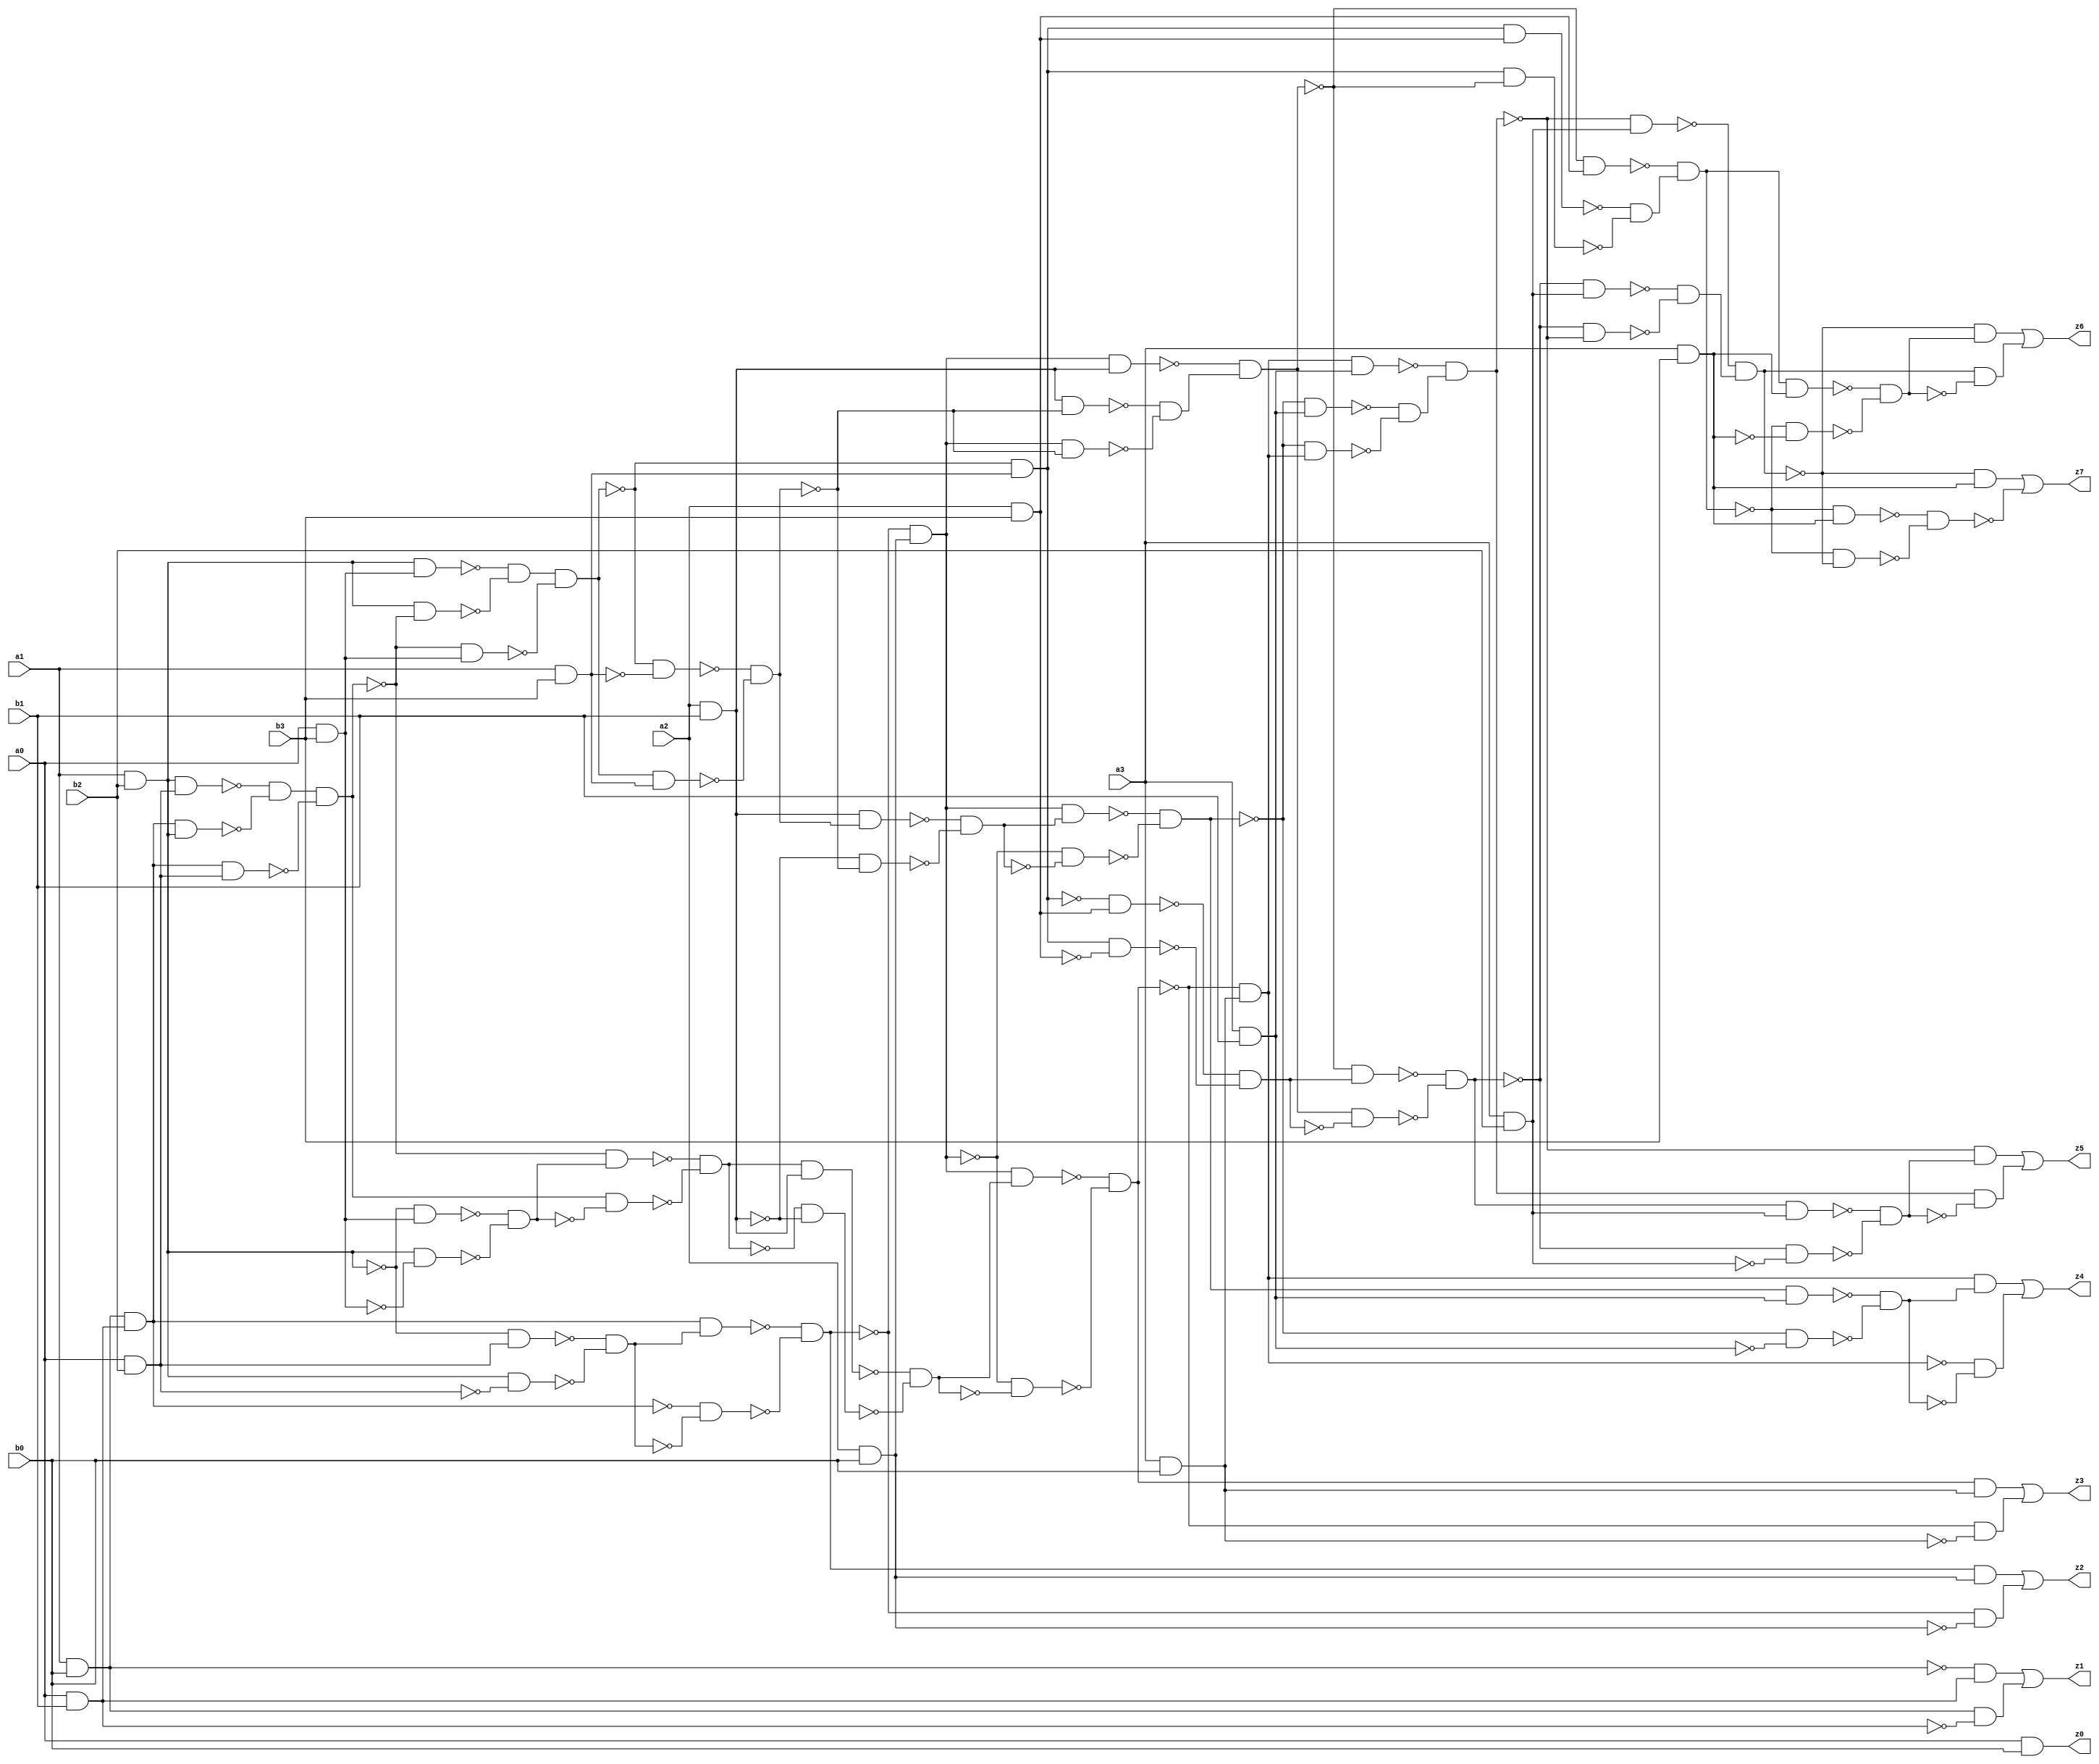
// Benchmark "mult4" written by ABC on Tue Jan 13 21:29:40 2015

module mult4 ( 
    a0, a1, a2, a3, b0, b1, b2, b3,
    z0, z1, z2, z3, z4, z5, z6, z7  );
  input  a0, a1, a2, a3, b0, b1, b2, b3;
  output z0, z1, z2, z3, z4, z5, z6, z7;
  wire n18, n19, n20, n21, n23, n24, n25, n26, n27, n28, n29, n30, n31, n32,
    n33, n34, n36, n37, n38, n39, n40, n41, n42, n43, n44, n45, n46, n47,
    n48, n49, n50, n51, n52, n53, n54, n55, n56, n57, n58, n60, n61, n62,
    n63, n64, n65, n66, n67, n68, n69, n70, n71, n72, n73, n74, n75, n76,
    n77, n78, n79, n80, n81, n83, n84, n85, n86, n87, n88, n89, n90, n91,
    n92, n93, n94, n95, n96, n97, n98, n99, n100, n101, n102, n103, n104,
    n105, n106, n108, n109, n110, n111, n112, n113, n114, n115, n116, n117,
    n118, n119, n120, n121, n122, n123, n125, n126, n127, n128;
  assign z0 = a0 & b0;
  assign n18 = a1 & b0;
  assign n19 = a0 & b1;
  assign n20 = ~n18 & n19;
  assign n21 = n18 & ~n19;
  assign z1 = n20 | n21;
  assign n23 = n18 & n19;
  assign n24 = a1 & b2;
  assign n25 = a0 & b2;
  assign n26 = ~n24 & n25;
  assign n27 = n24 & ~n25;
  assign n28 = ~n26 & ~n27;
  assign n29 = n23 & n28;
  assign n30 = ~n23 & ~n28;
  assign n31 = ~n29 & ~n30;
  assign n32 = a2 & b0;
  assign n33 = n31 & n32;
  assign n34 = ~n31 & ~n32;
  assign z2 = n33 | n34;
  assign n36 = n24 & n25;
  assign n37 = n23 & n24;
  assign n38 = ~n36 & ~n37;
  assign n39 = n23 & n25;
  assign n40 = n38 & ~n39;
  assign n41 = a0 & b3;
  assign n42 = ~n24 & n41;
  assign n43 = n24 & ~n41;
  assign n44 = ~n42 & ~n43;
  assign n45 = ~n40 & n44;
  assign n46 = n40 & ~n44;
  assign n47 = ~n45 & ~n46;
  assign n48 = ~n31 & n32;
  assign n49 = a2 & b1;
  assign n50 = n47 & n49;
  assign n51 = ~n47 & ~n49;
  assign n52 = ~n50 & ~n51;
  assign n53 = n48 & n52;
  assign n54 = ~n48 & ~n52;
  assign n55 = ~n53 & ~n54;
  assign n56 = a3 & b0;
  assign n57 = n55 & n56;
  assign n58 = ~n55 & ~n56;
  assign z3 = n57 | n58;
  assign n60 = n24 & n41;
  assign n61 = n24 & ~n40;
  assign n62 = ~n60 & ~n61;
  assign n63 = ~n40 & n41;
  assign n64 = n62 & ~n63;
  assign n65 = a1 & b3;
  assign n66 = ~n64 & ~n65;
  assign n67 = n64 & n65;
  assign n68 = ~n66 & ~n67;
  assign n69 = n49 & n68;
  assign n70 = ~n49 & ~n68;
  assign n71 = ~n69 & ~n70;
  assign n72 = n48 & n71;
  assign n73 = ~n48 & ~n71;
  assign n74 = ~n72 & ~n73;
  assign n75 = ~n55 & n56;
  assign n76 = a3 & b1;
  assign n77 = n74 & n76;
  assign n78 = ~n74 & ~n76;
  assign n79 = ~n77 & ~n78;
  assign n80 = n75 & n79;
  assign n81 = ~n75 & ~n79;
  assign z4 = n80 | n81;
  assign n83 = ~n64 & n65;
  assign n84 = n48 & n49;
  assign n85 = n49 & ~n68;
  assign n86 = n48 & ~n68;
  assign n87 = ~n85 & ~n86;
  assign n88 = ~n84 & n87;
  assign n89 = a2 & b3;
  assign n90 = ~n83 & n89;
  assign n91 = n83 & ~n89;
  assign n92 = ~n90 & ~n91;
  assign n93 = ~n88 & n92;
  assign n94 = n88 & ~n92;
  assign n95 = ~n93 & ~n94;
  assign n96 = n75 & n76;
  assign n97 = ~n74 & n76;
  assign n98 = ~n74 & n75;
  assign n99 = ~n97 & ~n98;
  assign n100 = ~n96 & n99;
  assign n101 = a3 & b2;
  assign n102 = n95 & n101;
  assign n103 = ~n95 & ~n101;
  assign n104 = ~n102 & ~n103;
  assign n105 = ~n100 & n104;
  assign n106 = n100 & ~n104;
  assign z5 = n105 | n106;
  assign n108 = ~n88 & n89;
  assign n109 = n83 & n89;
  assign n110 = n83 & ~n88;
  assign n111 = ~n109 & ~n110;
  assign n112 = ~n108 & n111;
  assign n113 = ~n100 & n101;
  assign n114 = ~n95 & n101;
  assign n115 = ~n95 & ~n100;
  assign n116 = ~n114 & ~n115;
  assign n117 = ~n113 & n116;
  assign n118 = a3 & b3;
  assign n119 = n112 & n118;
  assign n120 = ~n112 & ~n118;
  assign n121 = ~n119 & ~n120;
  assign n122 = ~n117 & n121;
  assign n123 = n117 & ~n121;
  assign z6 = n122 | n123;
  assign n125 = ~n117 & n118;
  assign n126 = ~n112 & n118;
  assign n127 = ~n112 & ~n117;
  assign n128 = ~n126 & ~n127;
  assign z7 = n125 | ~n128;
endmodule